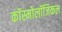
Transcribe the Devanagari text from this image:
कॉस्मोलॉजिकल